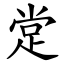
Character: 䟫